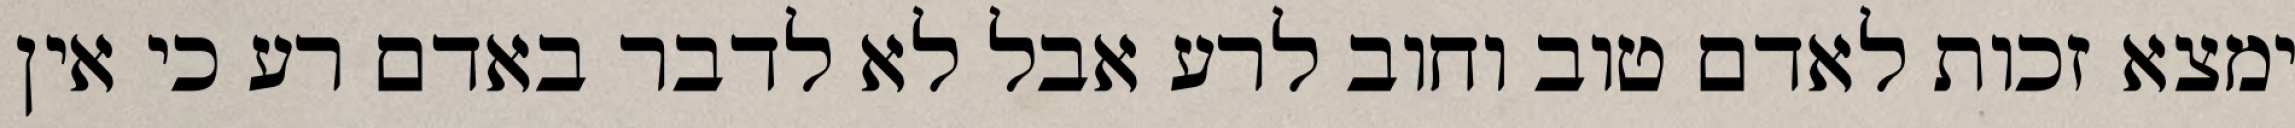
ימצא זכות לאדם טוב וחוב לרע אבל לא לדבר באדם רע כי אין